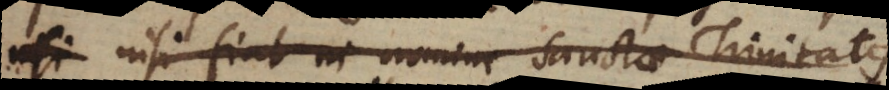
qui nisi fiat in nomine Sanctae Trinitatis